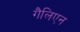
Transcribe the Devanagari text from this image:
गैलिएन